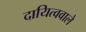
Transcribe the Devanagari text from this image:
दायित्ववाले